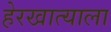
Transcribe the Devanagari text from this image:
हेरखात्याला